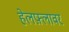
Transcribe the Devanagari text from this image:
हेलफ़्लावर